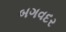
બગવદર